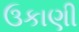
ઉકાણી